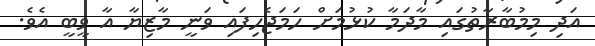
އަދި މިމުބާރާތުގައި މާދަމާ ކުޅުމަށް ހަމަޖެހިފައި ވަނީ މާޒިޔާ އާ ވީބީ އެވެ.